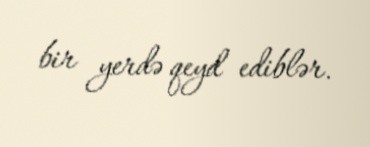
bir yerdə qeyd ediblər.